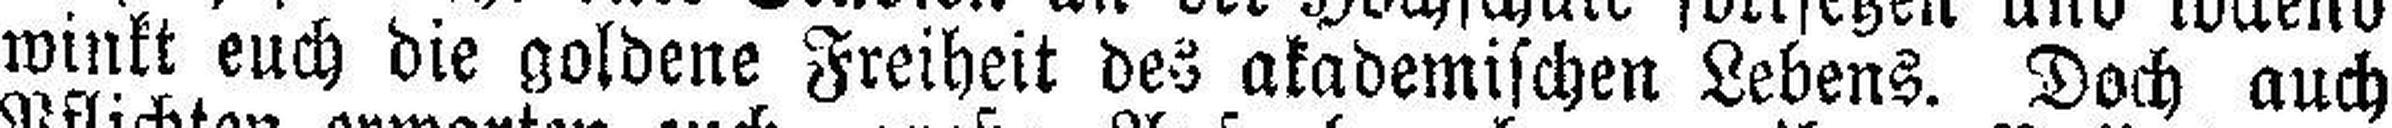
winkt euch die goldene Freiheit des akademischen Lebens. Doch auch